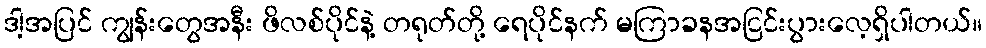
ဒါ့အပြင် ကျွန်းတွေအနီး ဖိလစ်ပိုင်နဲ့ တရုတ်တို့ ရေပိုင်နက် မကြာခနအငြင်းပွားလေ့ရှိပါတယ်။